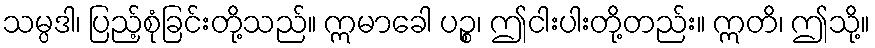
သမ္ပဒါ၊ ပြည့်စုံခြင်းတို့သည်။ ဣမာခေါ ပဉ္စ၊ ဤငါးပါးတို့တည်း။ ဣတိ၊ ဤသို့။